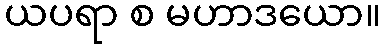
ယပရာ စ မဟာဒယော။